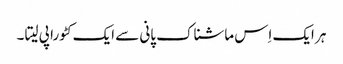
ہر ایک اِس ماشناک پانی سے ایک کٹورا پی لیتا ۔